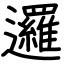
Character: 邏